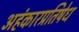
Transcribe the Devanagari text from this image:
अहंकारप्रतिषेध